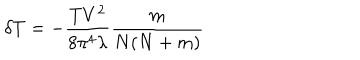
\delta T = - \frac { T V ^ { 2 } } { 8 \pi ^ { 4 } \lambda } \frac { m } { N ( N + m ) }